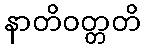
နာတိဝတ္တတိ